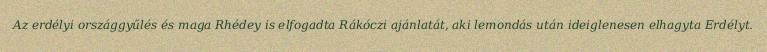
Az erdélyi országgyűlés és maga Rhédey is elfogadta Rákóczi ajánlatát, aki lemondás után ideiglenesen elhagyta Erdélyt.